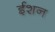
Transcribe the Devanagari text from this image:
ईशन